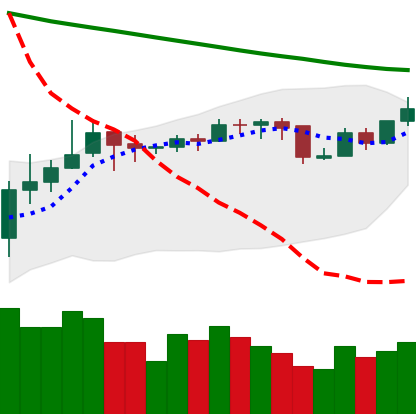
Ticker: BNB-USD
Chart end date: 2019-11-13
Forward return: -9.099%
Label: down_7plus